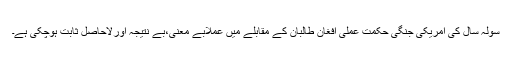
سولہ سال کی امریکی جنگی حکمت عملی افغان طالبان کے مقابلے میں عملاًبے معنی،بے نتیجہ اورلاحاصل ثابت ہوچکی ہے۔